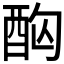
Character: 𮠤